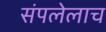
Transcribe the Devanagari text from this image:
संपलेलाच